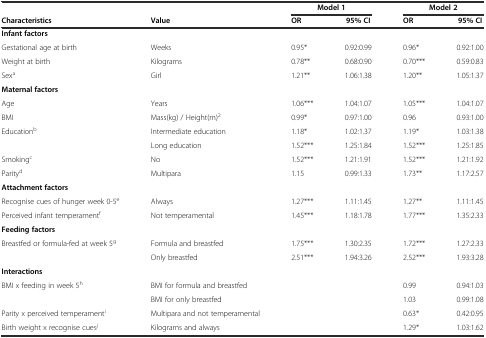
<table><thead><tr><td></td><td></td><td colspan="2"><b>Model 1</b></td><td colspan="2"><b>Model 2</b></td></tr><tr><td><b>Characteristics</b></td><td><b>Value</b></td><td><b>OR</b></td><td><b>95% CI</b></td><td><b>OR</b></td><td><b>95% CI</b></td></tr></thead><tbody><tr><td><b>Infant factors</b></td><td></td><td></td><td></td><td></td><td></td></tr><tr><td>Gestational age at birth</td><td>Weeks</td><td>0.95*</td><td>0.92:0.99</td><td>0.96*</td><td>0.92:1.00</td></tr><tr><td>Weight at birth</td><td>Kilograms</td><td>0.78**</td><td>0.68:0.90</td><td>0.70***</td><td>0.59:0.83</td></tr><tr><td>Sex<sup>a</sup></td><td>Girl</td><td>1.21**</td><td>1.06:1.38</td><td>1.20**</td><td>1.05:1.37</td></tr><tr><td><b>Maternal factors</b></td><td></td><td></td><td></td><td></td><td></td></tr><tr><td>Age</td><td>Years</td><td>1.06***</td><td>1.04:1.07</td><td>1.05***</td><td>1.04:1.07</td></tr><tr><td>BMI</td><td>Mass(kg) / Height(m)<sup>2</sup></td><td>0.99*</td><td>0.97:1.00</td><td>0.96</td><td>0.93:1.00</td></tr><tr><td>Education<sup>b</sup></td><td>Intermediate education</td><td>1.18*</td><td>1.02:1.37</td><td>1.19*</td><td>1.03:1.38</td></tr><tr><td></td><td>Long education</td><td>1.52***</td><td>1.25:1.84</td><td>1.52***</td><td>1.25:1.85</td></tr><tr><td>Smoking<sup>c</sup></td><td>No</td><td>1.52***</td><td>1.21:1.91</td><td>1.52***</td><td>1.21:1.92</td></tr><tr><td>Parity<sup>d</sup></td><td>Multipara</td><td>1.15</td><td>0.99:1.33</td><td>1.73**</td><td>1.17:2.57</td></tr><tr><td><b>Attachment factors</b></td><td></td><td></td><td></td><td></td><td></td></tr><tr><td>Recognise cues of hunger week 0-5<sup>e</sup></td><td>Always</td><td>1.27***</td><td>1.11:1.45</td><td>1.27**</td><td>1.11:1.45</td></tr><tr><td>Perceived infant temperament<sup>f</sup></td><td>Not temperamental</td><td>1.45***</td><td>1.18:1.78</td><td>1.77***</td><td>1.35:2.33</td></tr><tr><td><b>Feeding factors</b></td><td></td><td></td><td></td><td></td><td></td></tr><tr><td>Breastfed or formula-fed at week 5<sup>g</sup></td><td>Formula and breastfed</td><td>1.75***</td><td>1.30:2.35</td><td>1.72***</td><td>1.27:2.33</td></tr><tr><td></td><td>Only breastfed</td><td>2.51***</td><td>1.94:3.26</td><td>2.52***</td><td>1.93:3.28</td></tr><tr><td><b>Interactions</b></td><td></td><td></td><td></td><td></td><td></td></tr><tr><td>BMI x feeding in week 5<sup>h</sup></td><td>BMI for formula and breastfed</td><td></td><td></td><td>0.99</td><td>0.94:1.03</td></tr><tr><td></td><td>BMI for only breastfed</td><td></td><td></td><td>1.03</td><td>0.99:1.08</td></tr><tr><td>Parity x perceived temperament<sup>i</sup></td><td>Multipara and not temperamental</td><td></td><td></td><td>0.63*</td><td>0.42:0.95</td></tr><tr><td>Birth weight x recognise cues<sup>j</sup></td><td>Kilograms and always</td><td></td><td></td><td>1.29*</td><td>1.03:1.62</td></tr></tbody></table>